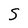
Character: S